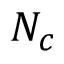
N _ { c }